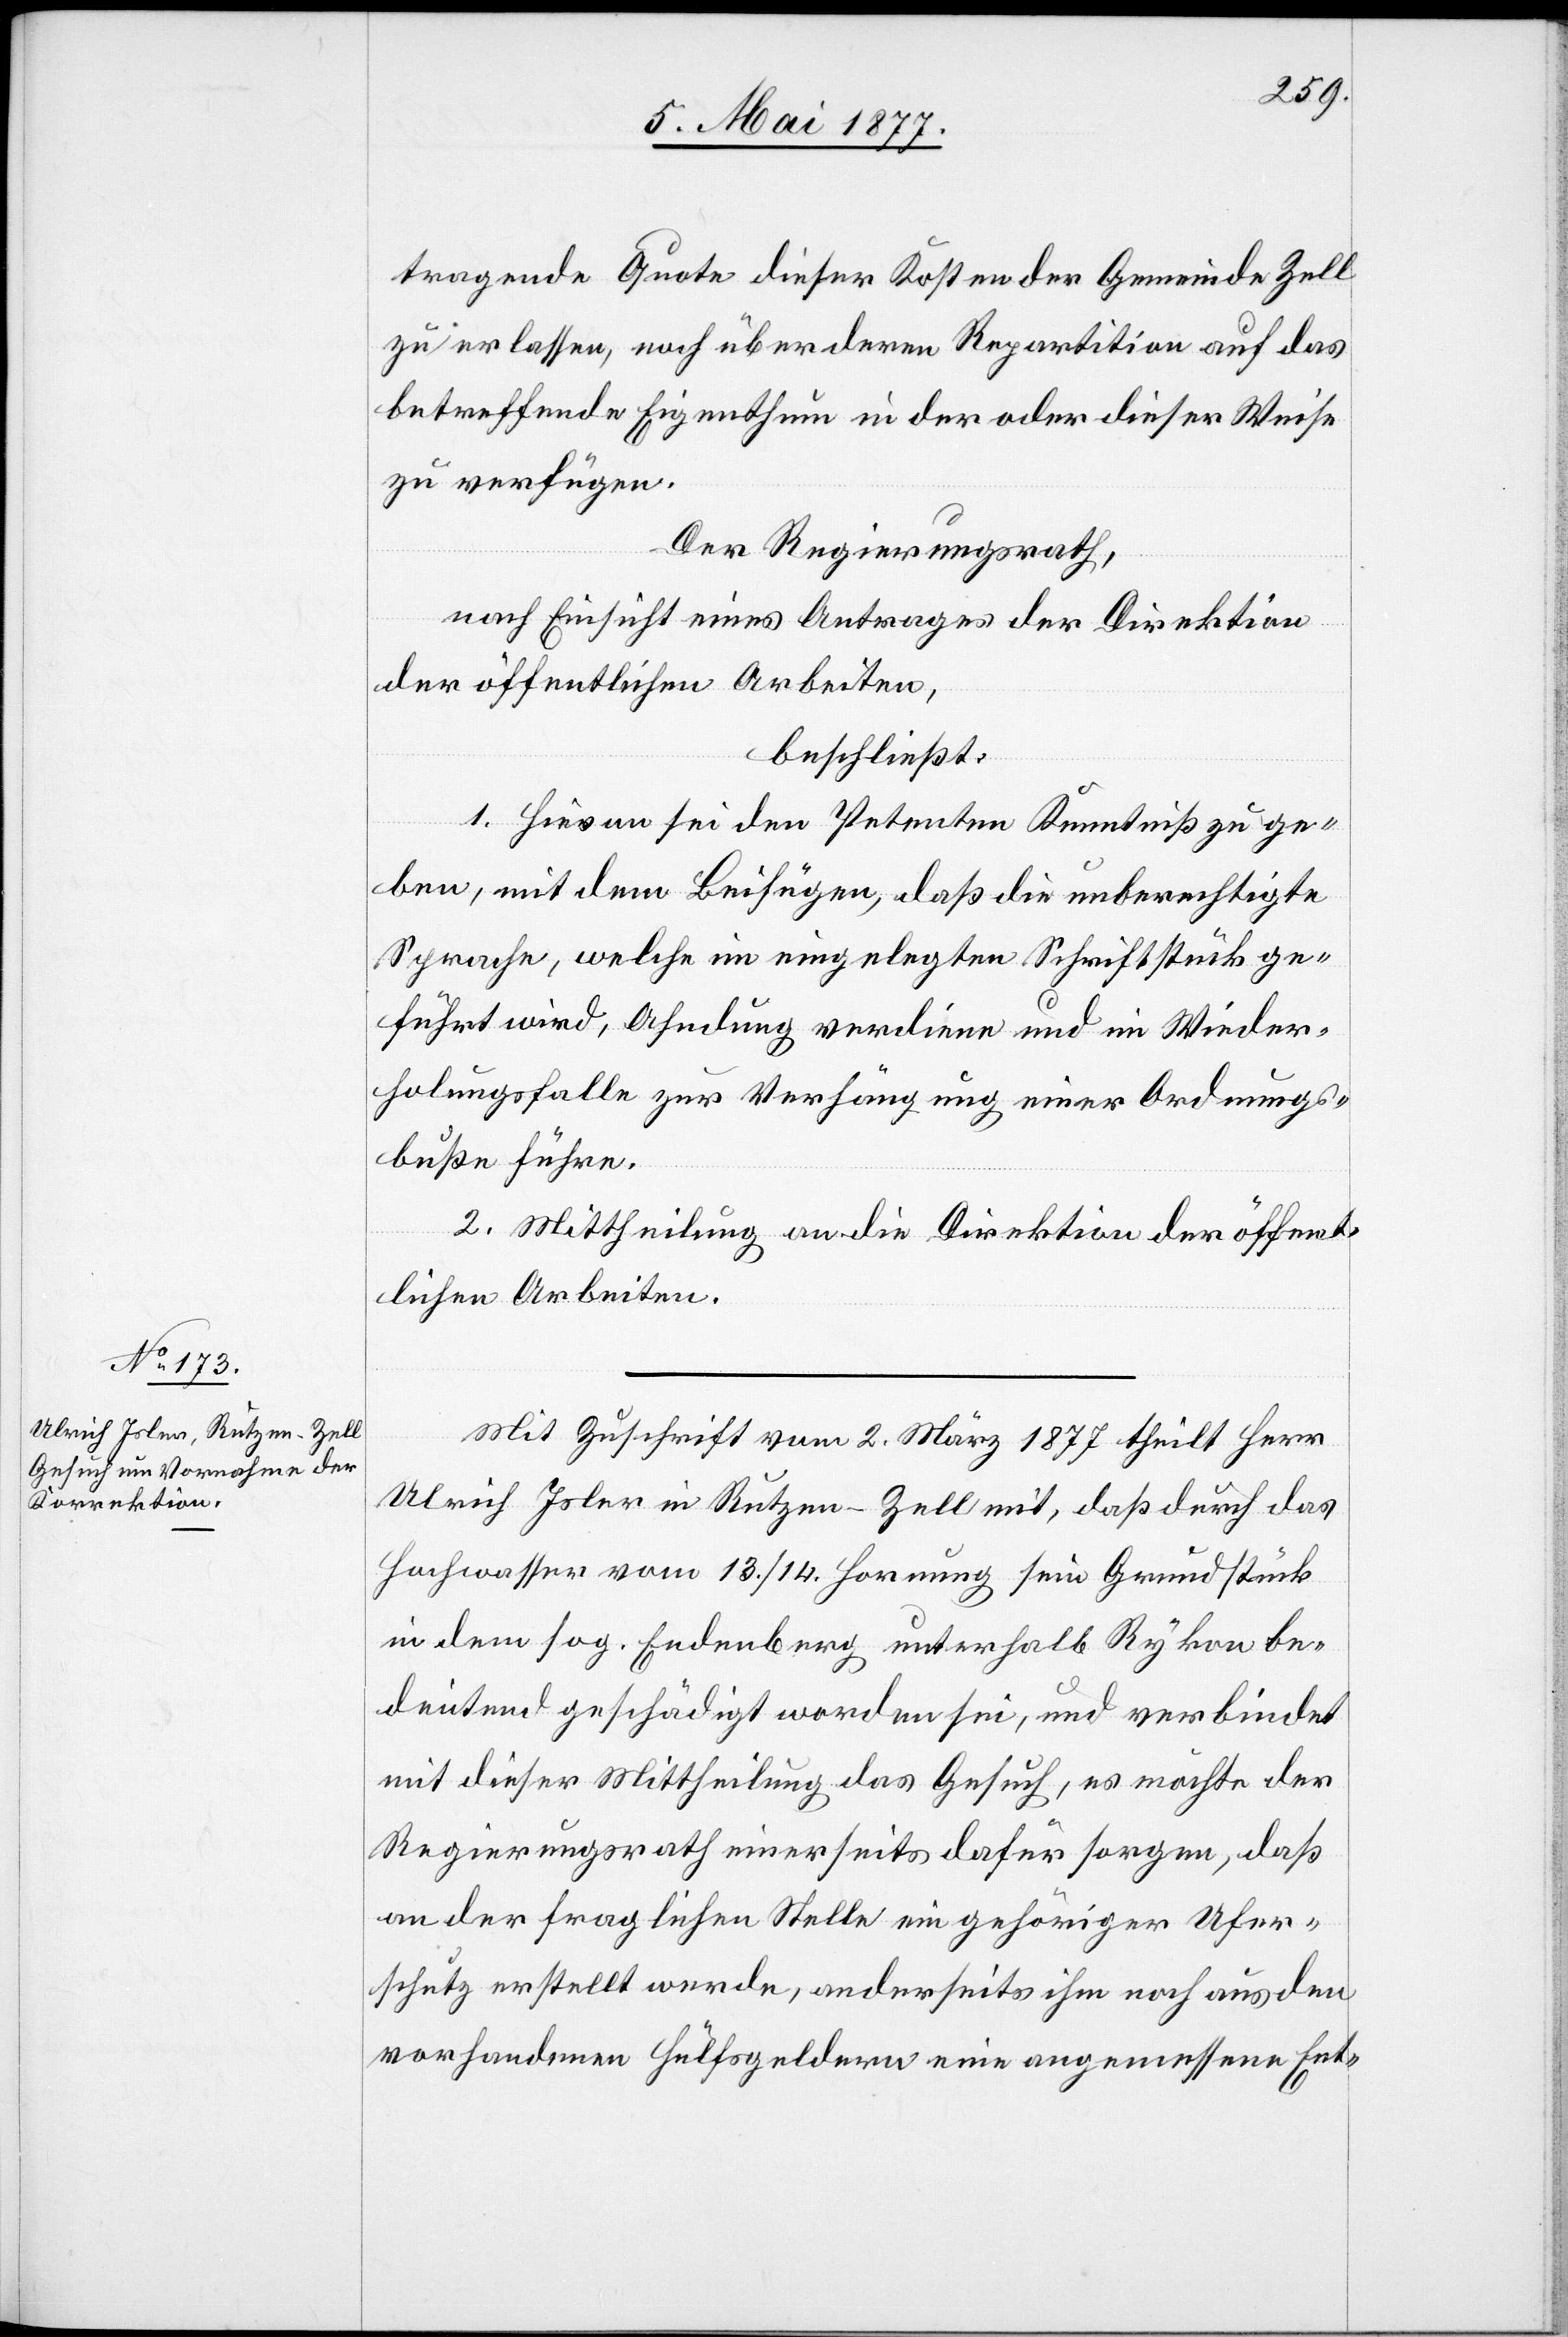
tragende Quote dieser Kosten der Gemeinde Zell
zu erlassen, noch über deren Repartition auf das
betreffende Eigenthum in der oder dieser Weise
zu verfügen.
Der Regierungsrath,
nach Einsicht eines Antrages der Direktion
der öffentlichen Arbeiten,
beschließt:
1. Hievon sei den Petenten Kenntniß zu ge¬
ben, mit dem Beifügen, daß die unberechtigte
Sprache, welche im eingelegten Schriftstück ge¬
führt wird, Ahndung verdiene und im Wieder¬
holungsfalle zur Verhängung einer Ordnungs¬
buße führe.
2. Mittheilung an die Direktion der öffent¬
lichen Arbeiten.
Mit Zuschrift vom 2. März 1877 theilt Herr
Ulrich Isler in Rutzen - Zell mit, daß durch das
Hochwasser vom 13./14. Hornung sein Grundstück
in dem sog. Endenberg unterhalb Rykon be¬
deutend geschädigt worden sei, und verbindet
mit dieser Mittheilung das Gesuch, es möchte der
Regierungsrath einerseits dafür sorgen, daß
an der fraglichen Stelle ein gehöriger Ufer¬
schutz erstellt werde, anderseits ihm noch aus den
vorhandenen Hülfsgeldern eine angemessene Ent-